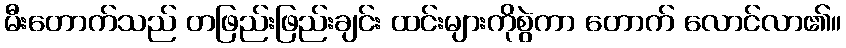
မီးတောက်သည် တဖြည်းဖြည်းချင်း ထင်းများကိုစွဲကာ တောက် လောင်လာ၏။